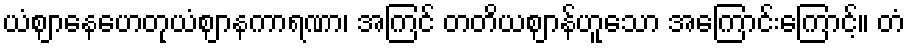
ယံဈာနေဟေတုယံဈာနကာရဏာ၊ အကြင် တတိယဈာန်ဟူသော အကြောင်းကြောင့်။ တံ